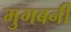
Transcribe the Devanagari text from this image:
मुगबर्नी